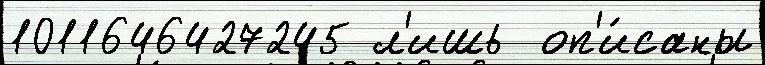
1011646427245 л'ишь  оп'и́саны